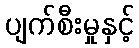
ပျက်စီးမှုနှင့်